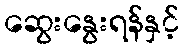
ဆွေးနွေးရန်နှင့်